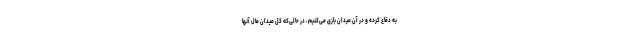
به دفاع کرده و در آن میدان بازی می‌کنیم، در حالی‌که کل میدان مال آنها